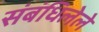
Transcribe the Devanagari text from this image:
संबंधिलेले